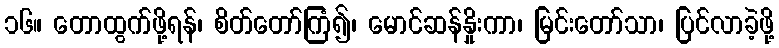
၁၆။ တောထွက်ဖို့ရန်၊ စိတ်တော်ကြံ၍၊ မောင်ဆန်နှိုးကာ၊ မြင်းတော်သာ၊ ပြင်လာခဲ့ဖို့